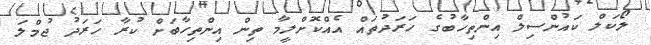
ލޯކަލް ކައުންސިލް އިންތިހާބުގެ ހަރަދުތައް އެއްކޮށްލީމާ ތިން އިންތިހާބަށް ކުރާ ހަރަދު ޖުމްލަ